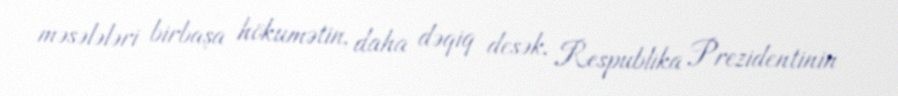
məsələləri birbaşa hökumətin, daha dəqiq desək, Respublika Prezidentinin